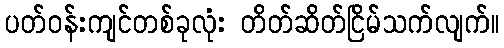
ပတ်ဝန်းကျင်တစ်ခုလုံး တိတ်ဆိတ်ငြိမ်သက်လျက်။